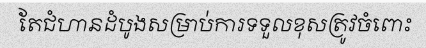
តែជំហានដំបូងសម្រាប់ការទទួលខុសត្រូវចំពោះ